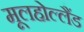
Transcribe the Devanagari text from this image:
मूलहोल्लैंड